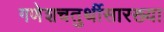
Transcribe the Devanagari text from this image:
गणेशचतुर्थीसारख्या